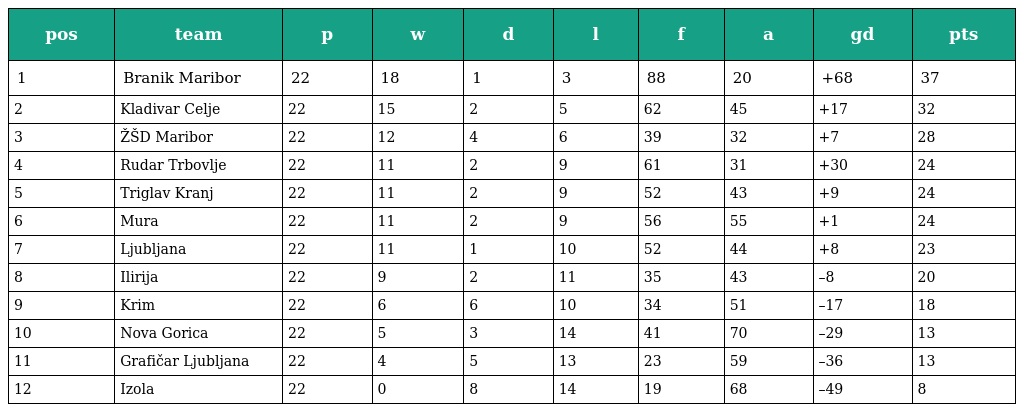
| pos | team | p | w | d | l | f | a | gd | pts |
 | --- | --- | --- | --- | --- | --- | --- | --- | --- | --- |
 | 1 | Branik Maribor | 22 | 18 | 1 | 3 | 88 | 20 | +68 | 37 |
 | 2 | Kladivar Celje | 22 | 15 | 2 | 5 | 62 | 45 | +17 | 32 |
 | 3 | ŽŠD Maribor | 22 | 12 | 4 | 6 | 39 | 32 | +7 | 28 |
 | 4 | Rudar Trbovlje | 22 | 11 | 2 | 9 | 61 | 31 | +30 | 24 |
 | 5 | Triglav Kranj | 22 | 11 | 2 | 9 | 52 | 43 | +9 | 24 |
 | 6 | Mura | 22 | 11 | 2 | 9 | 56 | 55 | +1 | 24 |
 | 7 | Ljubljana | 22 | 11 | 1 | 10 | 52 | 44 | +8 | 23 |
 | 8 | Ilirija | 22 | 9 | 2 | 11 | 35 | 43 | –8 | 20 |
 | 9 | Krim | 22 | 6 | 6 | 10 | 34 | 51 | –17 | 18 |
 | 10 | Nova Gorica | 22 | 5 | 3 | 14 | 41 | 70 | –29 | 13 |
 | 11 | Grafičar Ljubljana | 22 | 4 | 5 | 13 | 23 | 59 | –36 | 13 |
 | 12 | Izola | 22 | 0 | 8 | 14 | 19 | 68 | –49 | 8 |